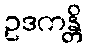
ဥဒကန္တိ